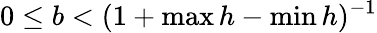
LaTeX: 0\leq b<(1+\operatorname*{max}h-\operatorname*{min}h)^{-1}